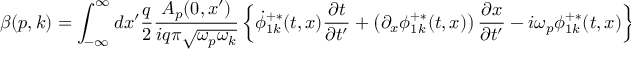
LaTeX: \beta ( p , k ) = \int _ { - \infty } ^ { \infty } d x ^ { \prime } \frac { q } { 2 } \frac { A _ { p } ( 0 , x ^ { \prime } ) } { i q \pi \sqrt { \omega _ { p } \omega _ { k } } } \left\{ \dot { \phi } _ { 1 k } ^ { + \ast } ( t , x ) { \frac { \partial t } { \partial t ^ { \prime } } } + \left( \partial _ { x } \phi _ { 1 k } ^ { + \ast } ( t , x ) \right) { \frac { \partial x } { \partial t ^ { \prime } } } - i \omega _ { p } \phi _ { 1 k } ^ { + \ast } ( t , x ) \right\} _ { t ^ { \prime } = 0 } .